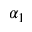
\alpha _ { 1 }